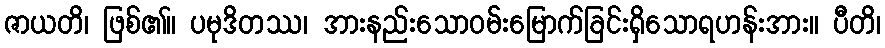
ဇာယတိ၊ ဖြစ်၏။ ပမုဒိတဿ၊ အားနည်းသောဝမ်းမြောက်ခြင်းရှိသောရဟန်းအား။ ပီတိ၊